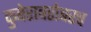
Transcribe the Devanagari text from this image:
कुबेराबरोबरच